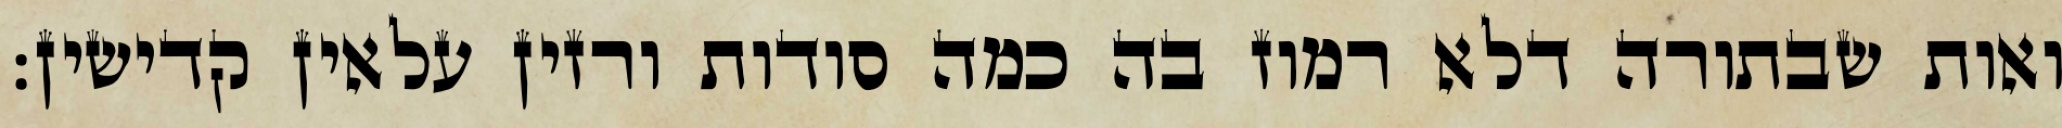
ואות שבתורה דלא רמוז בה כמה סודות ורזין עלאין קדישין: